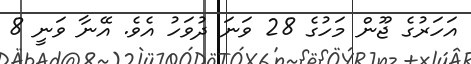
އަހަރުގެ ޖޫން މަހުގެ 28 ވަނަ ދުވަހު އެވެ. އޭނާ ވަނީ 8